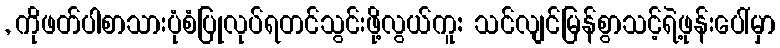
, ကိုဖတ်ပါစာသားပုံစံပြုလုပ်ရတင်သွင်းဖို့လွယ်ကူ: သင်လျင်မြန်စွာသင့်ရဲ့ဖုန်းပေါ်မှာ